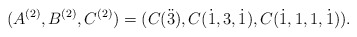
\begin{align*} (A^{(2)},B^{(2)},C^{(2)})=(C(\ddot3),C(\dot1,3,\dot1),C(\dot1,1,1,\dot1)). \end{align*}